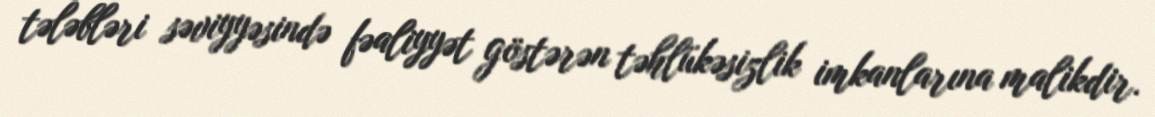
tələbləri səviyyəsində fəaliyyət göstərən təhlükəsizlik imkanlarına malikdir.